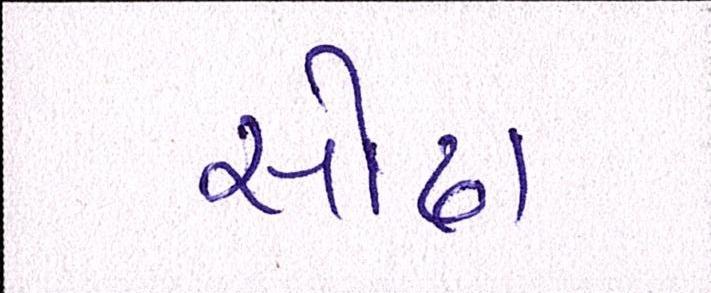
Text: સોઢા